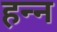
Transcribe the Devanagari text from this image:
हन्न